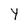
Character: y